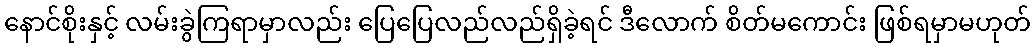
နောင်စိုးနှင့် လမ်းခွဲကြရာမှာလည်း ပြေပြေလည်လည်ရှိခဲ့ရင် ဒီလောက် စိတ်မကောင်း ဖြစ်ရမှာမဟုတ်